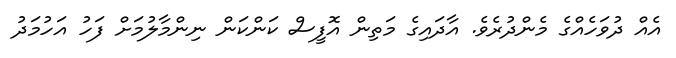
އެއް ދުވަހެއްގެ މެންދުރެވެ. އާދައިގެ މަތިން އޮފީސް ކަންކަން ނިންމާލުމަށް ފަހު އަހުމަދު